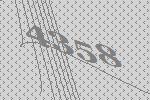
4358